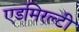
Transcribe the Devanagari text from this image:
एडमिरल्‍टी